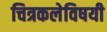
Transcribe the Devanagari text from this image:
चित्रकलेविषयी